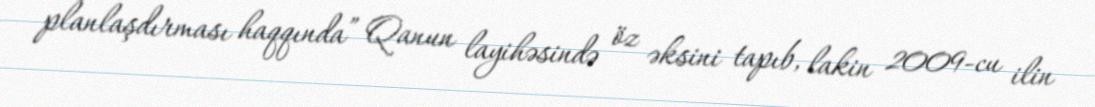
planlaşdırması haqqında” Qanun layihəsində öz əksini tapıb, lakin 2009-cu ilin